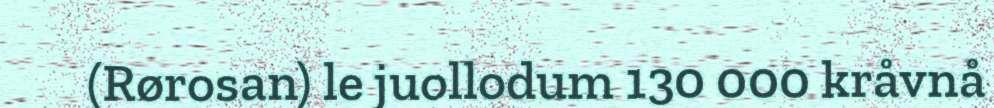
(Rørosan) le juollodum 130 000 kråvnå